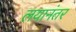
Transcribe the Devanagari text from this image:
लयानंतर